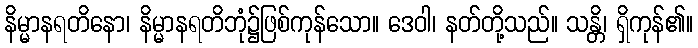
နိမ္မာနရတိနော၊ နိမ္မာနရတိဘုံ၌ဖြစ်ကုန်သော။ ဒေဝါ၊ နတ်တို့သည်။ သန္တိ၊ ရှိကုန်၏။